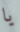
يا